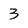
Character: 3